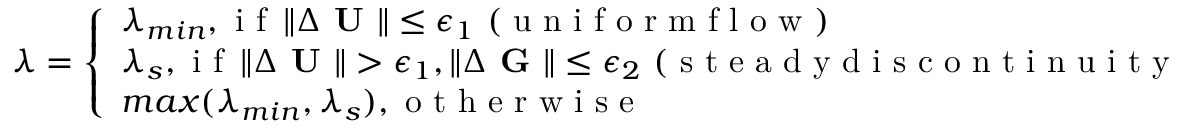
\lambda = \left\{ \begin{array} { l } { \lambda _ { m i n } , \mathrm { ~ i ~ f ~ } \left\| \Delta \textbf { U } \right\| \leq \epsilon _ { 1 } \mathrm { ~ ( ~ u ~ n ~ i ~ f ~ o ~ r ~ m ~ f ~ l ~ o ~ w ~ ) ~ } } \\ { \lambda _ { s } , \mathrm { ~ i ~ f ~ } \left\| \Delta \textbf { U } \right\| > \epsilon _ { 1 } , \left\| \Delta \textbf { G } \right\| \leq \epsilon _ { 2 } \mathrm { ~ ( ~ s ~ t ~ e ~ a ~ d ~ y ~ d ~ i ~ s ~ c ~ o ~ n ~ t ~ i ~ n ~ u ~ i ~ t ~ y ~ ) ~ } } \\ { m a x ( \lambda _ { m i n } , \lambda _ { s } ) , \mathrm { ~ o ~ t ~ h ~ e ~ r ~ w ~ i ~ s ~ e ~ } } \end{array} \right\}